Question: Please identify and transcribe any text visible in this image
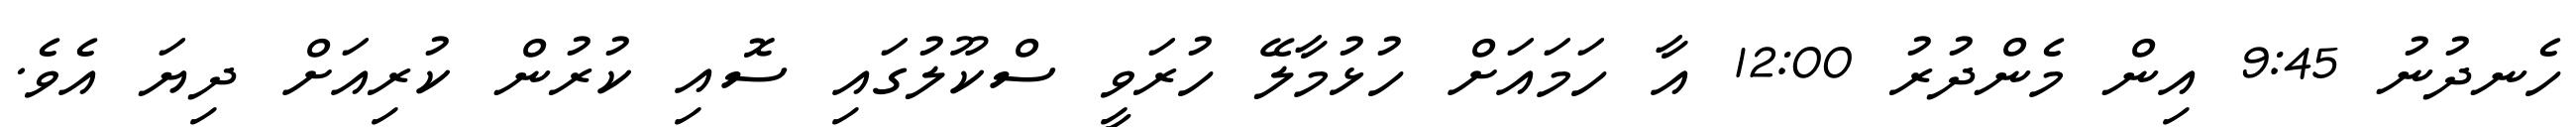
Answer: ހެނދުނު 9:45 އިން މެންދުރު 12:00 އާ ހަމައަށް ހުޅުމާލޭ ހުރަވީ ސްކޫލުގައި ސޮއި ކުރުން ކުރިއަށް ދިޔަ އެވެ.